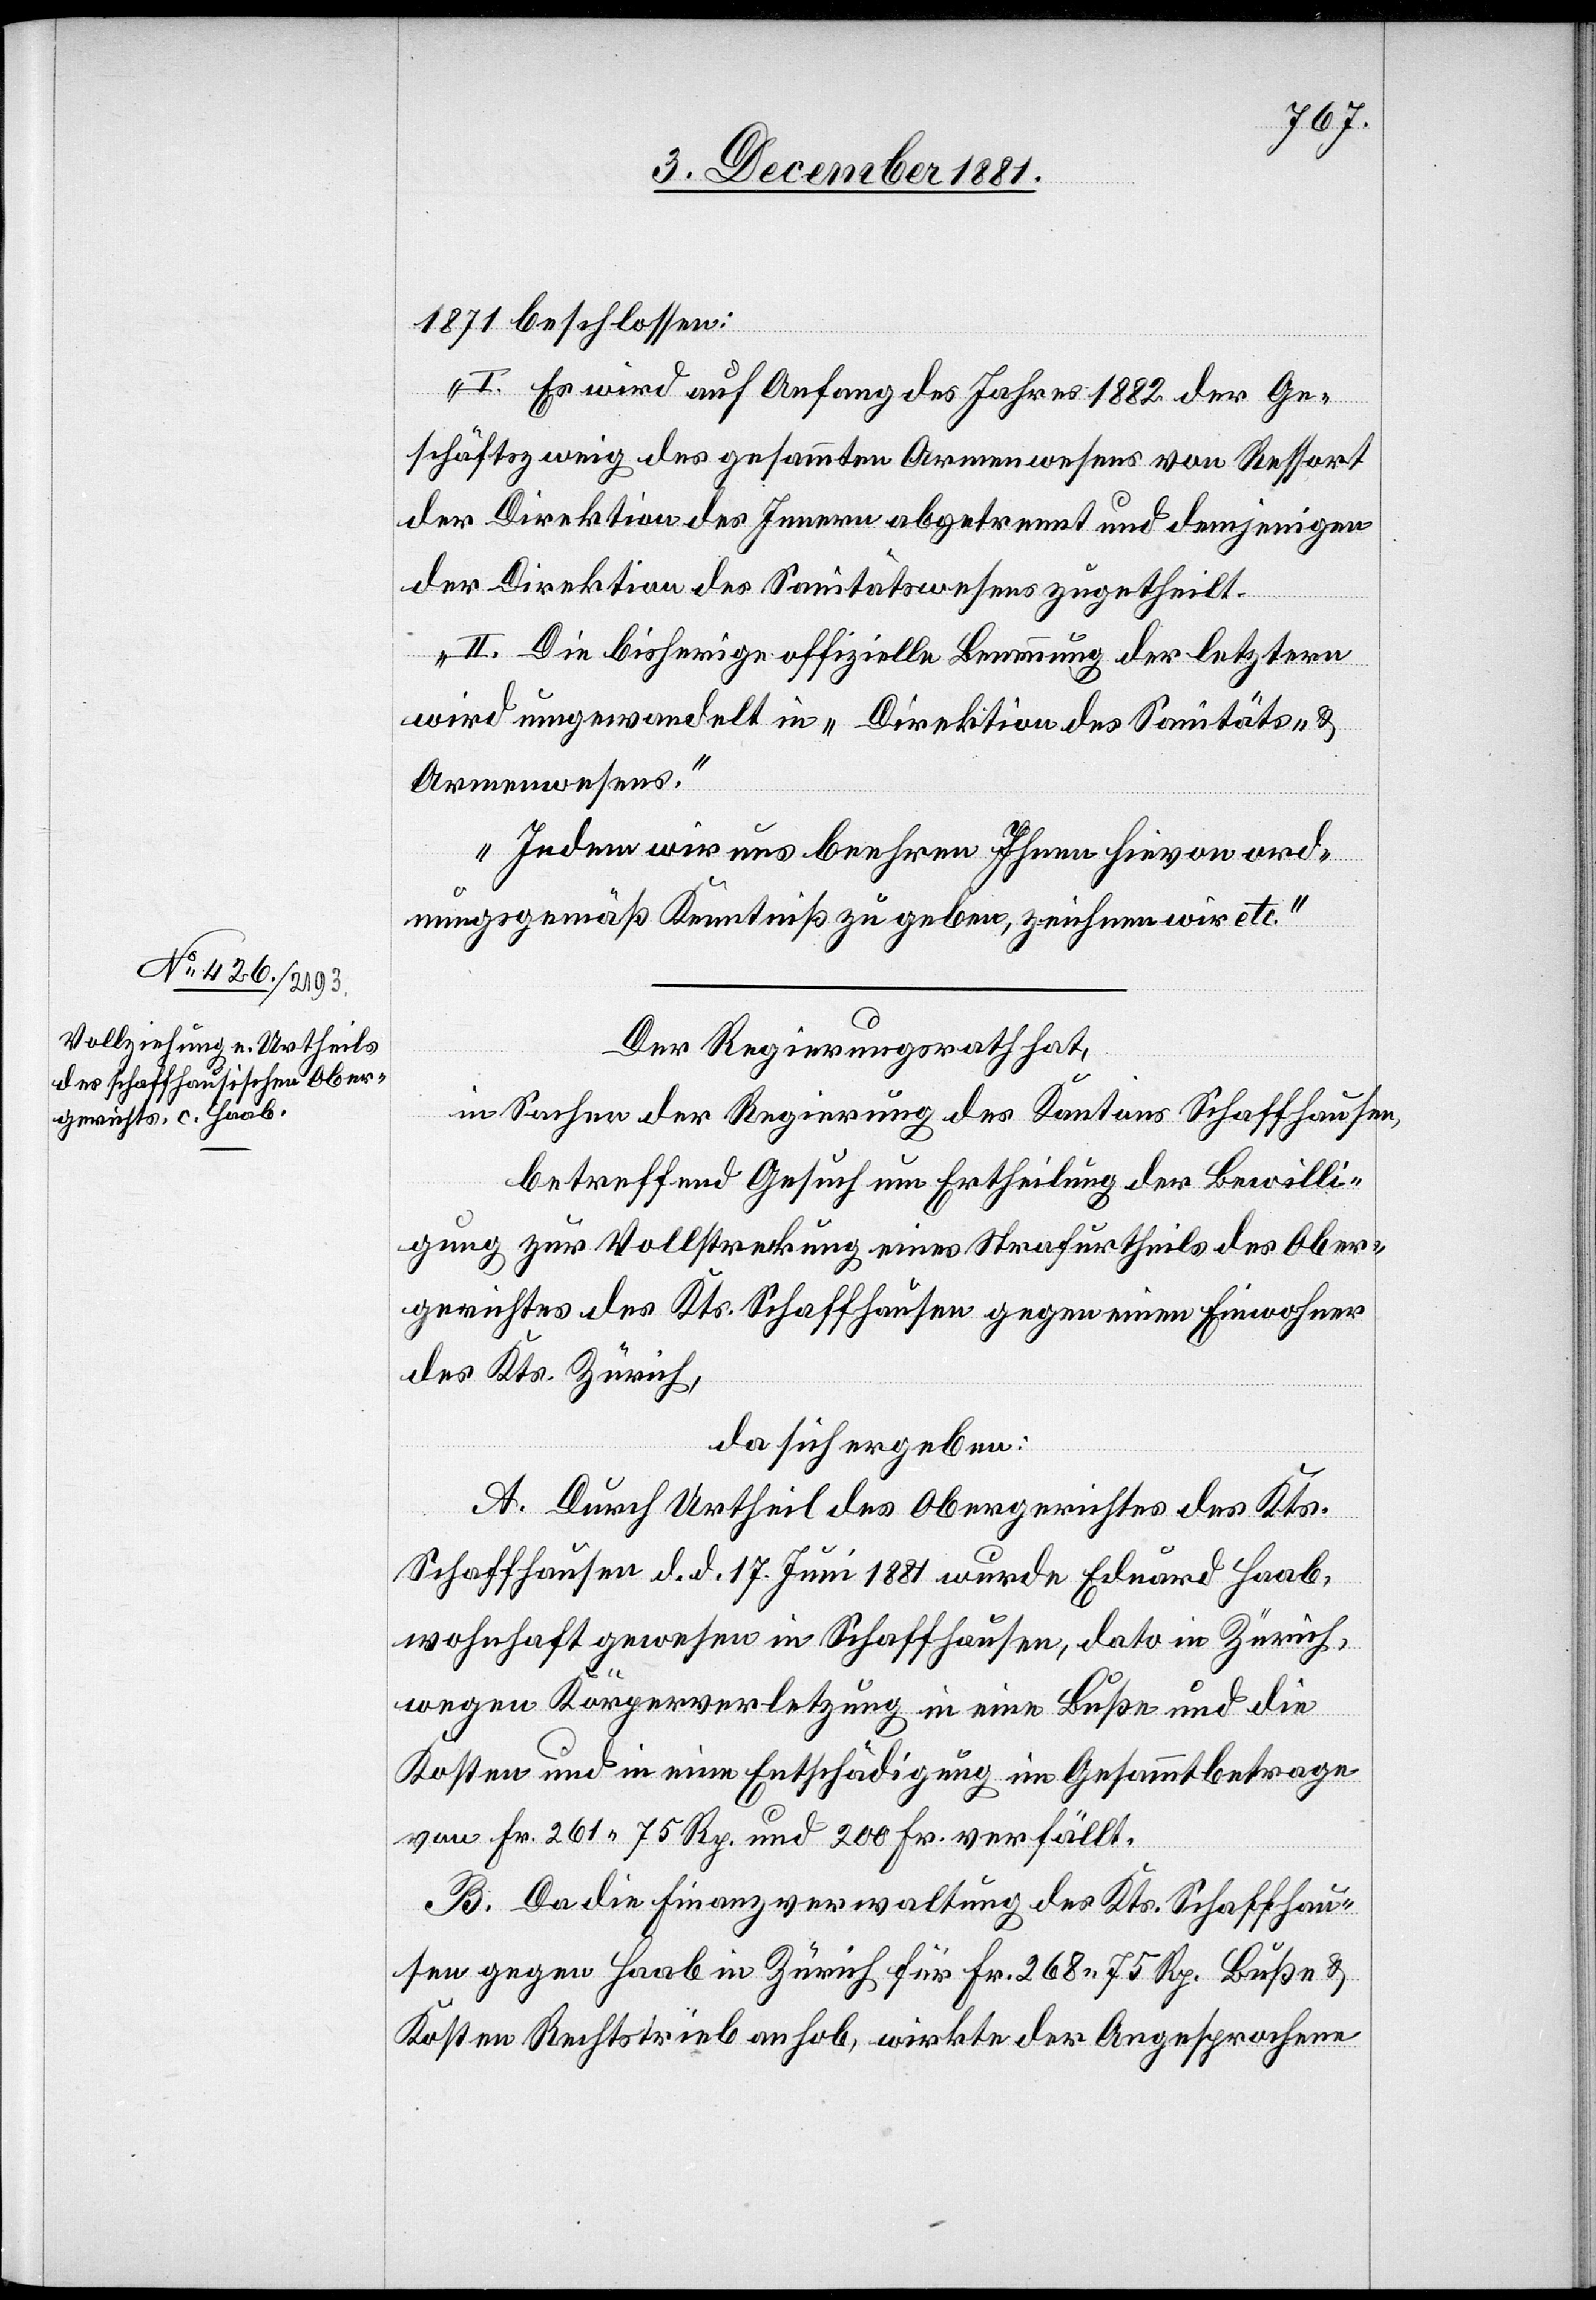
1871 beschlossen:
I. Es wird auf Anfang des Jahres 1882 der Ge¬
schäftszweig des gesammten Armenwesens von Ressort
der Direktion des Innern abgetrennt und demjenigen
der Direktion des Sanitätswesens zugetheilt.
II. Die bisherige offizielle Benennung der letztern
wird umgewandelt in „Direktion des Sanitäts- &
Armenwesens“.
Indem wir uns beehren Ihnen hievon ord¬
nungsgemäß Kenntniß zu geben, zeichen wir etc.“
Der Regierungsrath hat,
in Sachen der Regierung des Kantons Schaffhausen,
betreffend Gesuch um Ertheilung der Bewilli¬
gung zur Vollstreckung eines Strafurtheils des Ober¬
gerichtes des Kts. Schaffhausen gegen einen Einwohner
des Kts. Zürich,
da sich ergeben:
A. Durch Urtheil des Obergerichtes des Kts.
Schaffhausen d. d. 17. Juni 1881 wurde Eduard Haab,
wohnhaft gewesen in Schaffhausen, dato in Zürich,
wegen Körperverletzung in eine Buße und die
Kosten und in eine Entschädigung im Gesammtbetrage
von Fr. 261 75 Rp. und 200 Fr. verfällt.
B. Da die Finanzverwaltung des Kts. Schaffhau¬
sen gegen Haab in Zürich für Fr. 268 75 Rp. [sic!] Buße &
Kosten Rechtstrieb anhob, wirkte der Angesprochene